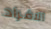
الافراد